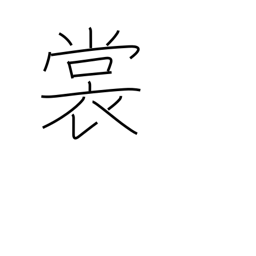
Meaning: skirt